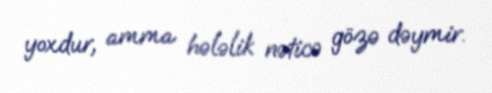
yoxdur, amma hələlik nəticə gözə dəymir.